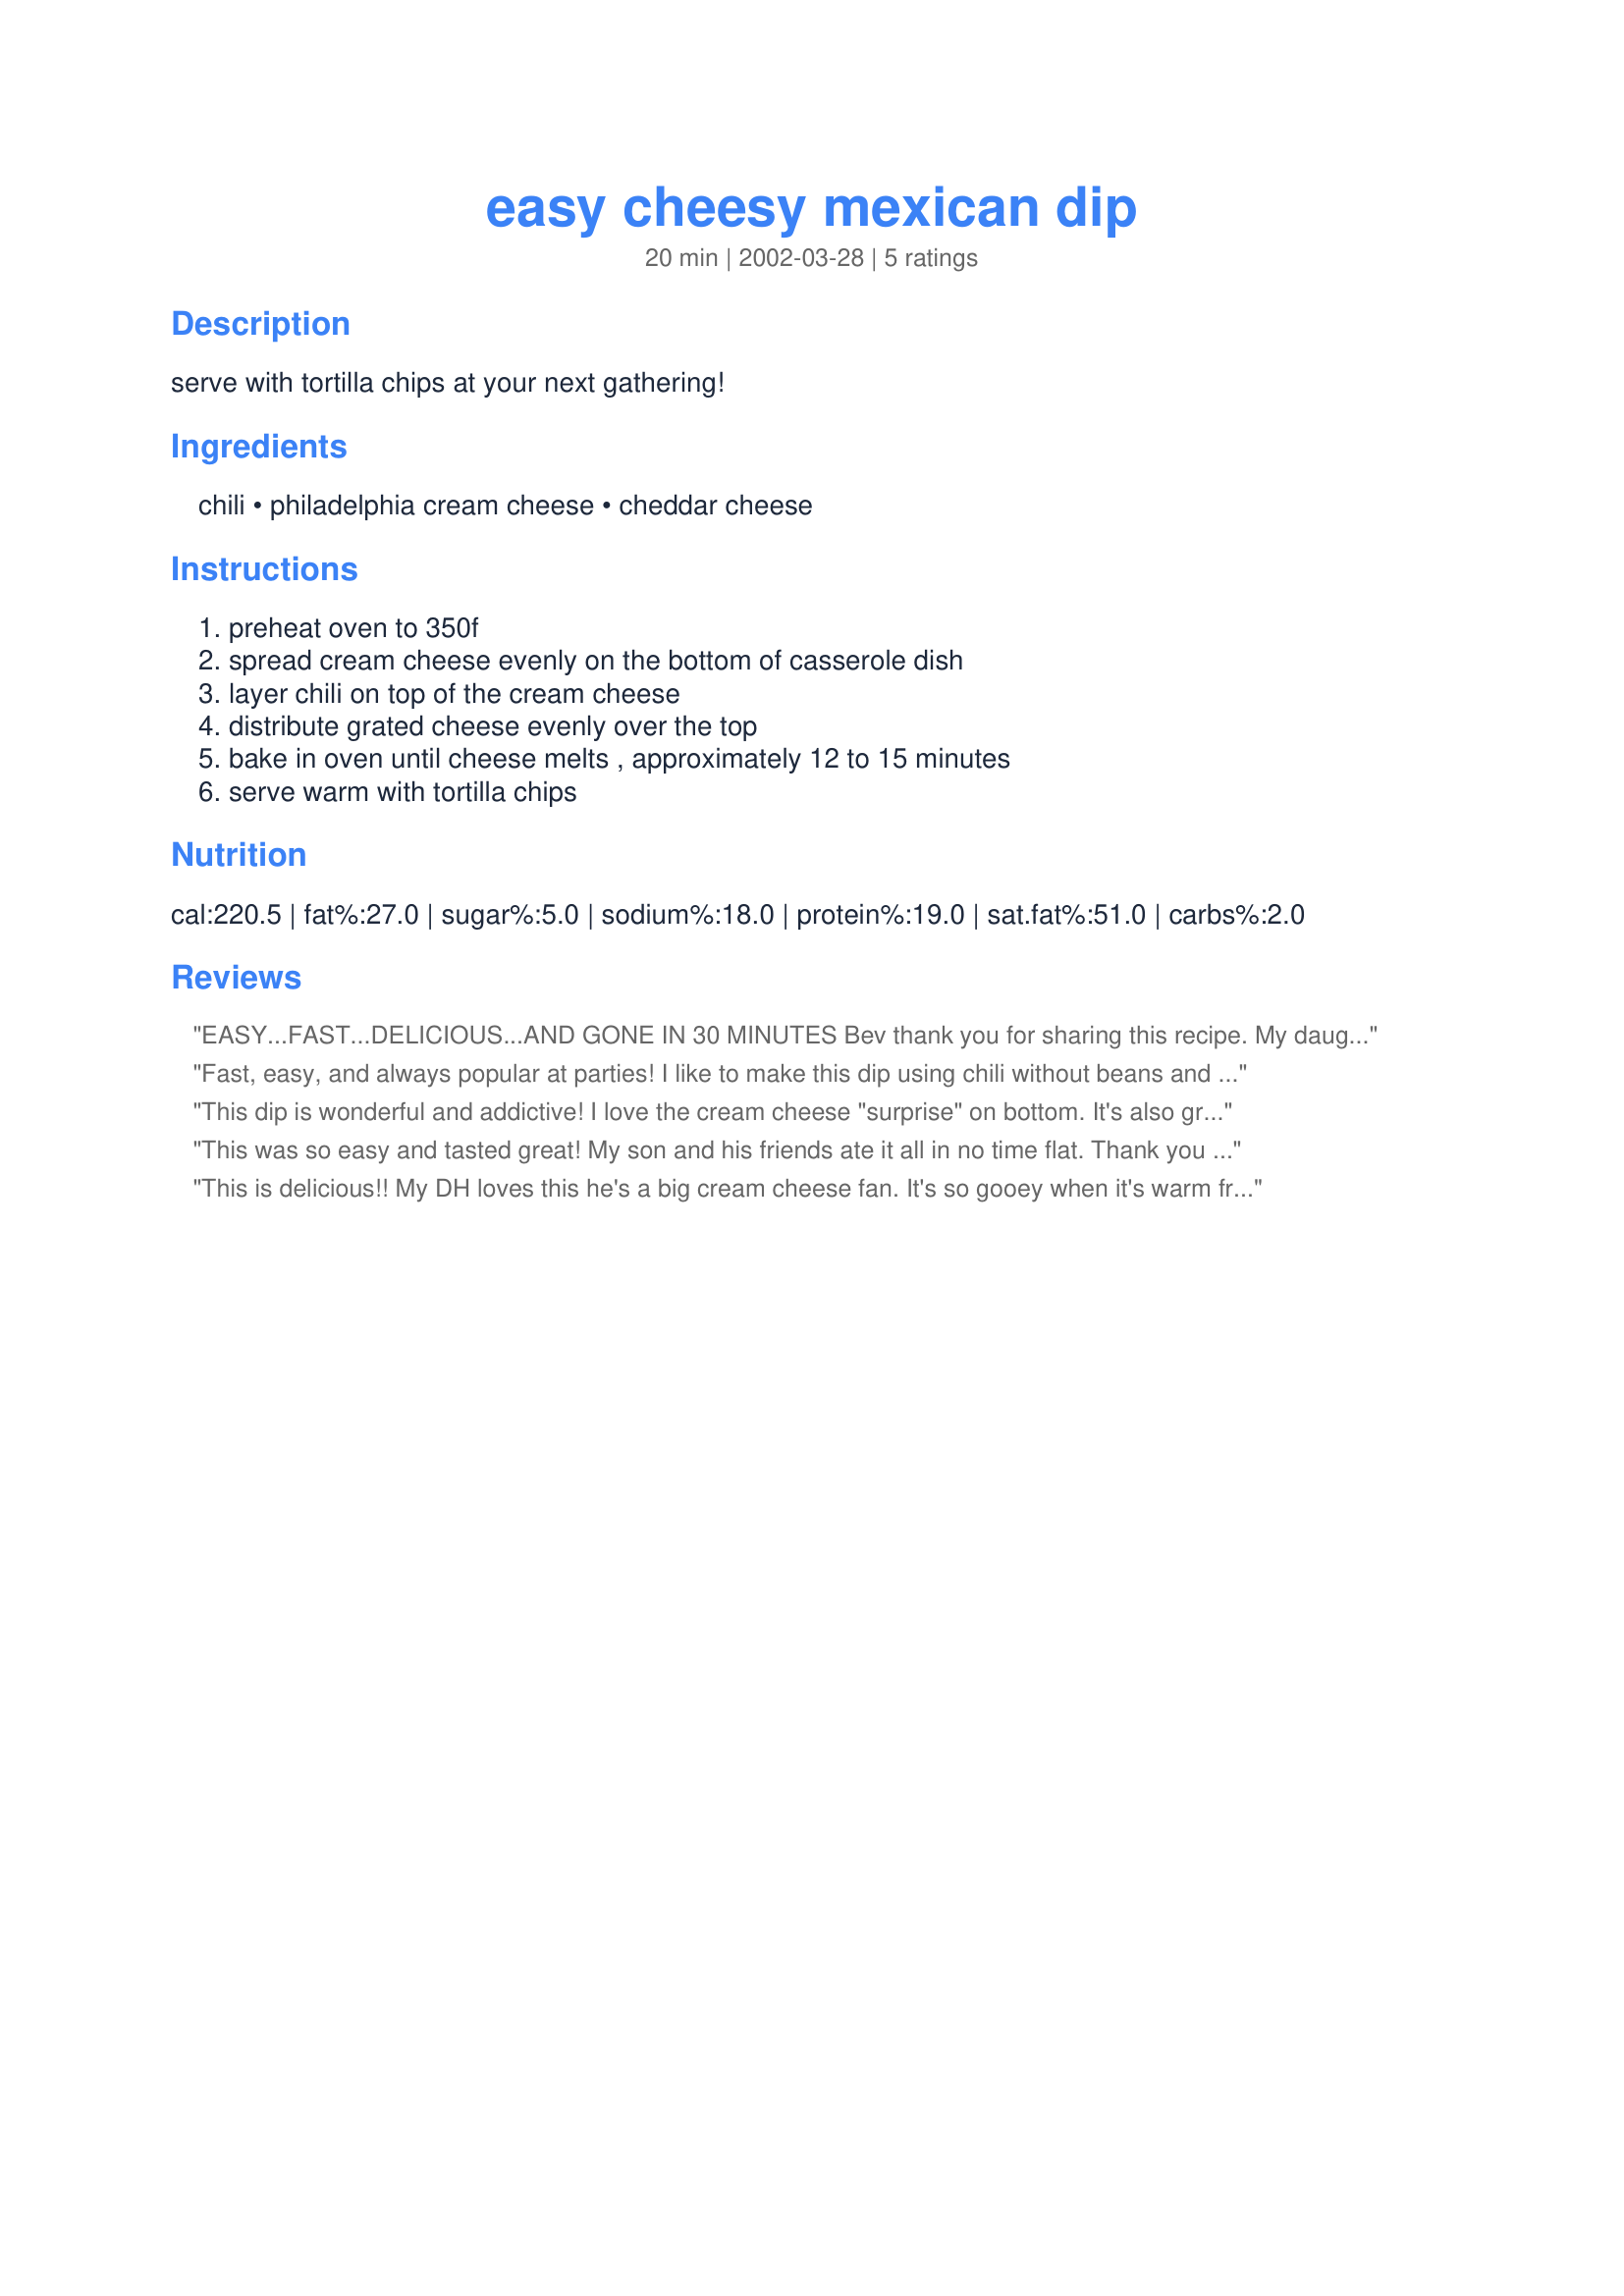
easy cheesy mexican dip
Preparation time: 20 minutes

serve with tortilla chips at your next gathering!

Ingredients:
chili, philadelphia cream cheese, cheddar cheese

Steps:
preheat oven to 350f, spread cream cheese evenly on the bottom of casserole dish, layer chili on top of the cream cheese, distribute grated cheese evenly over the top, bake in oven until cheese melts , approximately 12 to 15 minutes, serve warm with tortilla chips

Reviews:
EASY...FAST...DELICIOUS...AND GONE IN 30 MINUTES Bev thank you for sharing this recipe. My daughter is already planning to take it to her Cross Country Dinner next month.
Fast, easy, and always popular at parties! I like to make this dip using chili without beans and serve it with Fritos Scoops corn chips. Thanks!
This dip is wonderful and addictive! I love the cream cheese "surprise" on bottom. It's also great with fritos.
This was so easy and tasted great! My son and his friends ate it all in no time flat. Thank you for this recipe!
This is delicious!! My DH loves this he's a big cream cheese fan. It's so gooey when it's warm from the oven and the cheese is melted. This recipe is very easy to make. I followed the recipe exactly as it is using cheddar cheese. I wouldn't change a thing. Thanks for the wonderful recipe Bev!!
